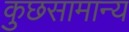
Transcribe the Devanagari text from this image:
कुछसामान्य